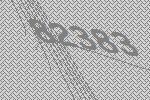
82383